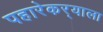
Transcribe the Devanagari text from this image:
पहारेकर्‍याला